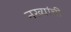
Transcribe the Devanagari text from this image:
नख्यांची